Leningradi_Edasi_toimetus, lk 76
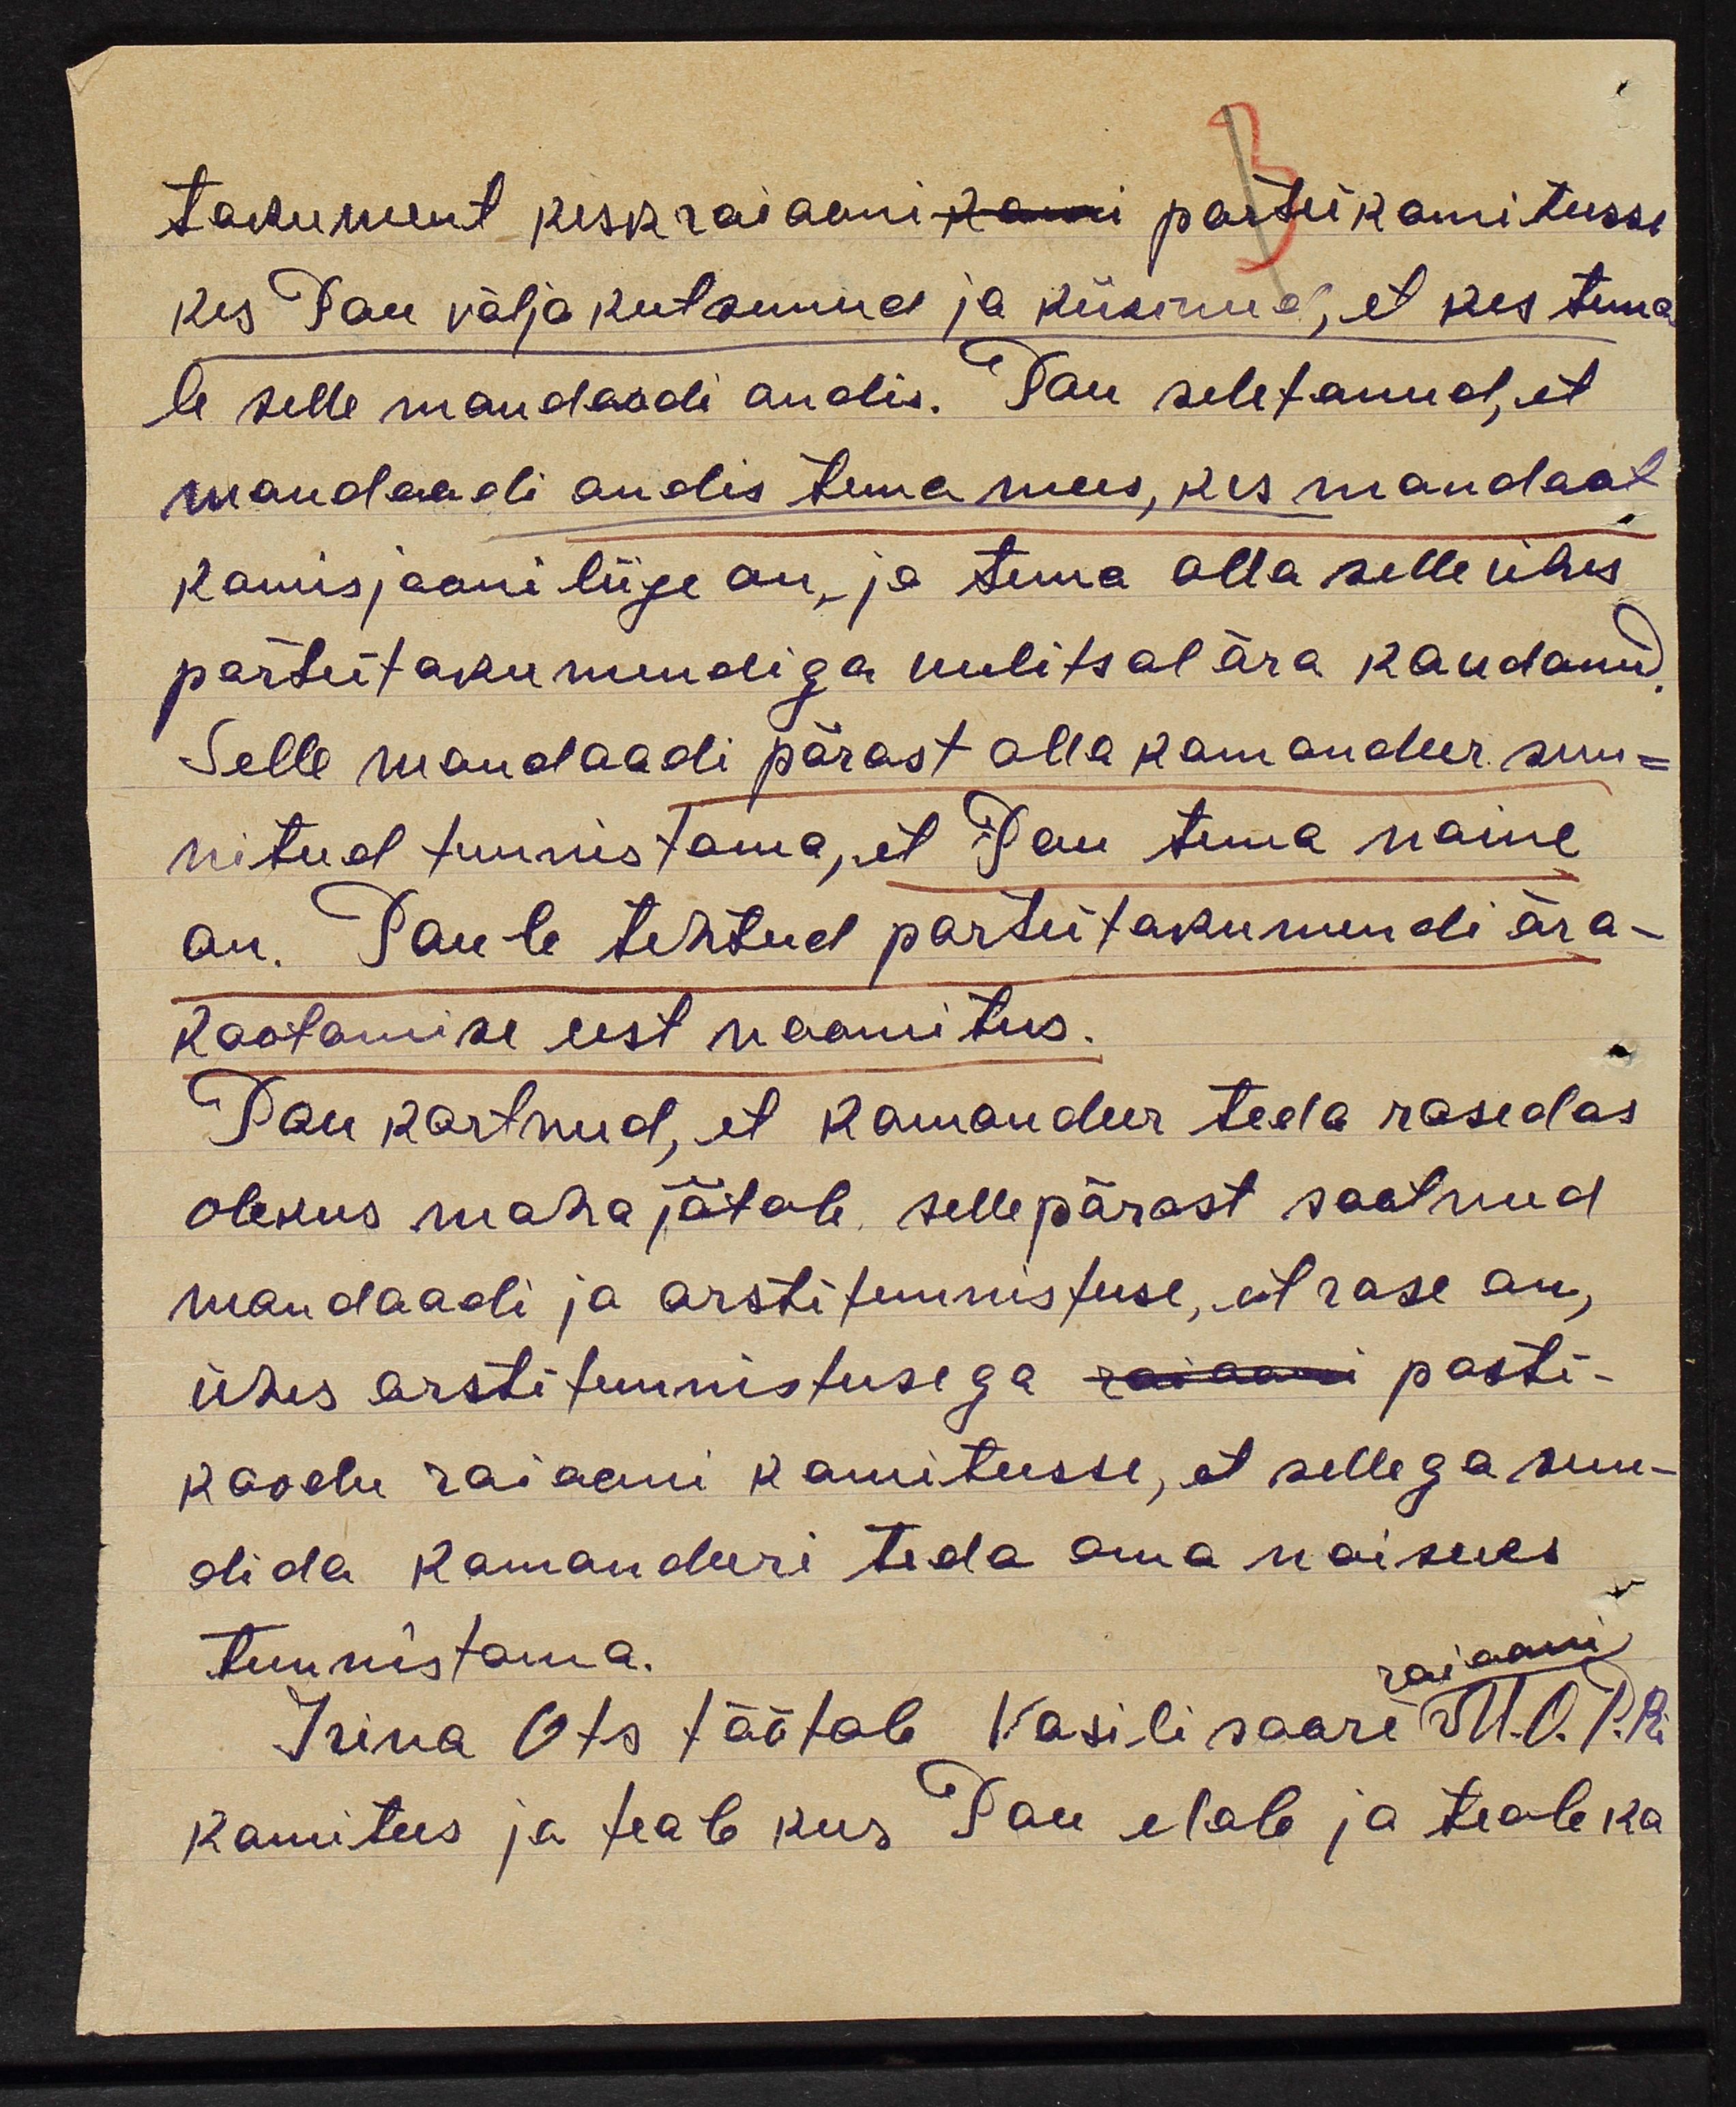
tokument keskraiooni parteikomiteesse
kes Pau välja kutsunud ja küsinud, et kes tema
le selle mandaadi andis. Pau seletanud, et
mandaadi andis tema mees, kes mandaat
kamisjooni liige on, ja tema alla selle ühes
parteitokumendiga uulitsal ära kaudanud,
Selle mandaadi pärast alla komandeer sun-
nitud tunnistama, et Pau tema naine
on. Pau-le tehtud parteitokumendi ära-
kaotamise eest noomitus.
Pau kartnud, et komandeer teda rasedas
olekus maha jätab sellepärast saatnud
mandaadi ja arsti tunnistuse, et rase on,
ühes arstitunnistusega posti-
kaodu raiooni komiteesse, et sellega sun-
dida komandeeri teda oma naiseks
tunnistama.
raiooni
Irina Ots töötab Vasili saari M. O. T. Ri
komitees ja teab kus Pau elab ja teab ka